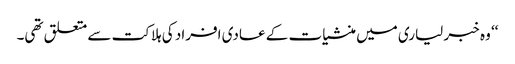
‘‘ وہ خبر لیاری میں منشیات کے عادی افراد کی ہلاکت سے متعلق تھی۔